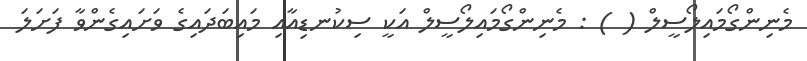
މެނިންގޯމައިލޯސީލް ( ) : މެނިންގޯމައިލޯސީލް އަކީ ސިކުނޑިއާއި މައިބަދައިގެ ވަށައިގެންވާ ފަށަލަ